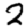
Digit: 2